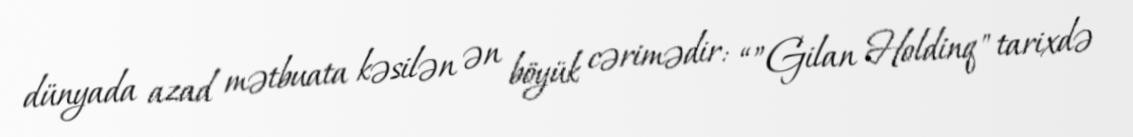
dünyada azad mətbuata kəsilən ən böyük cərimədir: “”Gilan Holdinq" tarixdə